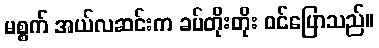
မစ္စက် အယ်လဆင်းက ခပ်တိုးတိုး ဝင်ပြောသည်။